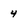
Character: 4